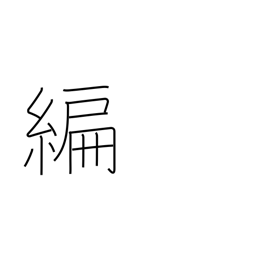
Meaning: part of a book